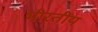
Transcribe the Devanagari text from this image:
भीरतीय